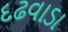
દઢવાડા